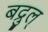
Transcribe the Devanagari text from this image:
बद्रुल्